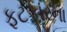
ફટકારના